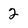
Character: 2